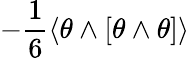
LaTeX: -\frac 16\langle\theta\wedge[\theta\wedge\theta]\rangle